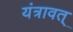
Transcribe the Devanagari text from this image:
यंत्रावत्